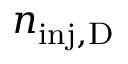
n _ { \mathrm { i n j , D } }